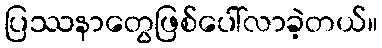
ပြဿနာတွေဖြစ်ပေါ်လာခဲ့တယ်။